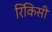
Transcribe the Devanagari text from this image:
रिकिसी